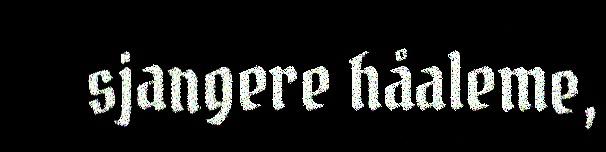
sjangere håaleme,